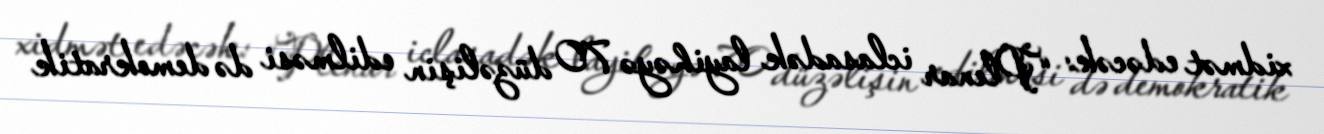
xidmət edəcək: “Plenar iclasadək layihəyə 70 düzəlişin edilməsi də demokratik